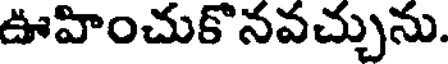
ఊహించుకొనవచ్చును.